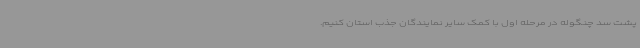
پشت سد چنگوله در مرحله اول با کمک سایر نمایندگان جذب استان کنیم.